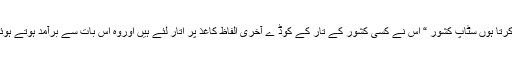
جیسی زندگی ، ویسے پیغام ……..” کرتا ہوں سٹاپ کشور “ اس نے کسی کشور کے تار کے کوڈ ے آخری الفاظ کاغذ پر اتار لئے ہیں اوروہ اس بات سے برآمد ہوتے ہوئے ایک ایک لفظ کوقلم بند کرتا جائے ۔